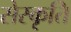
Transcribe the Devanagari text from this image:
सेस्कृति